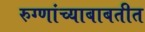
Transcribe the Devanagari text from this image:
रुग्णांच्याबाबतीत